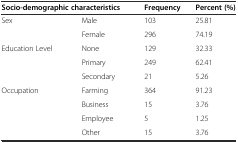
| <COLSPAN=2> Socio-demographic characteristics | Frequency | Percent (%) |
 | --- | --- | --- | --- |
 | <ROWSPAN=2> Sex | Male | 103 | 25.81 |
 | Female | 296 | 74.19 |
 | <ROWSPAN=3> Education Level | None | 129 | 32.33 |
 | Primary | 249 | 62.41 |
 | Secondary | 21 | 5.26 |
 | <ROWSPAN=4> Occupation | Farming | 364 | 91.23 |
 | Business | 15 | 3.76 |
 | Employee | 5 | 1.25 |
 | Other | 15 | 3.76 |